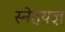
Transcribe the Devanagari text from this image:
स्नेहयज्ञ